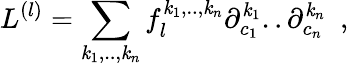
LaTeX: L^{(l)}=\sum_{\mathit{k}_{1},..,\mathit{k}_{n}}f_{l}^{\mathit{k}_{1},..,\mathit{k}_{n}}\partial_{c_{1}}^{\mathit{k}_{1}}..\partial_{c_{n}}^{\mathit{k}_{n}}~~,